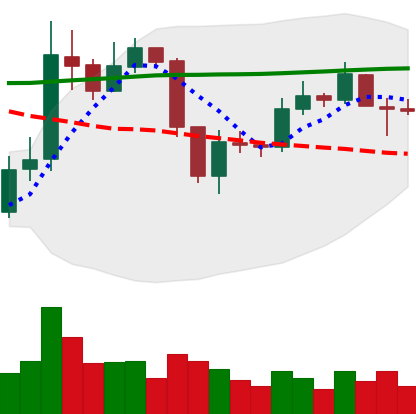
Ticker: ETC-USD
Chart end date: 2019-09-08
Forward return: -7.518%
Label: down_7plus